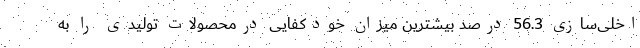
اخلی‌سازی 56.3 درصد بیشترین میزان خودکفایی درمحصولات تولیدی را به